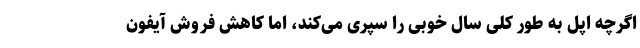
اگرچه اپل به طور کلی سال خوبی را سپری می‌کند، اما کاهش فروش آیفون